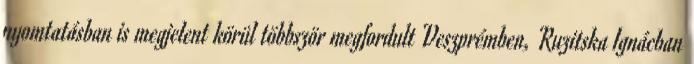
nyomtatásban is megjelent körül többször megfordult Veszprémben, Ruzitska Ignácban